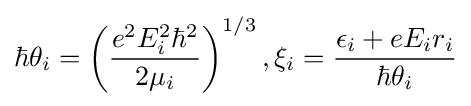
\hbar \theta _{i}=\left({{e^{2}E_{i}^{2}\hbar ^{2}} \over {2\mu _{i}}}\right)^{1/3},\xi _{i}={{\epsilon _{i}+eE_{i}r_{i}} \over {\hbar \theta _{i}}}